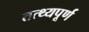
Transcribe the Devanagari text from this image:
तत्थ्यपूर्ण